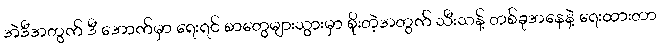
အဲဒီအတွက် ဒီ အောက်မှာ ရေးရင် စာတွေများသွားမှာ စိုးတဲ့အတွက် သီးသန့် တစ်ခုအနေနဲ့ ရေးထားတာ